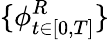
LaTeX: \{ {\phi}_{t\in[0,T]}^{R}\}